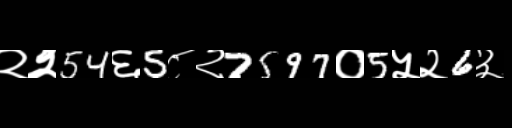
Text: २२54६5८२7597०5५२6३